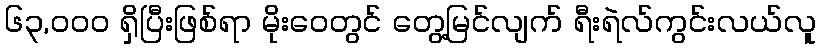
၆၃,၀၀၀ ရှိပြီးဖြစ်ရာ မိုးဝေတွင် တွေ့မြင်လျက် ရီးရဲလ်ကွင်းလယ်လူ